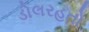
ડોલરહતો